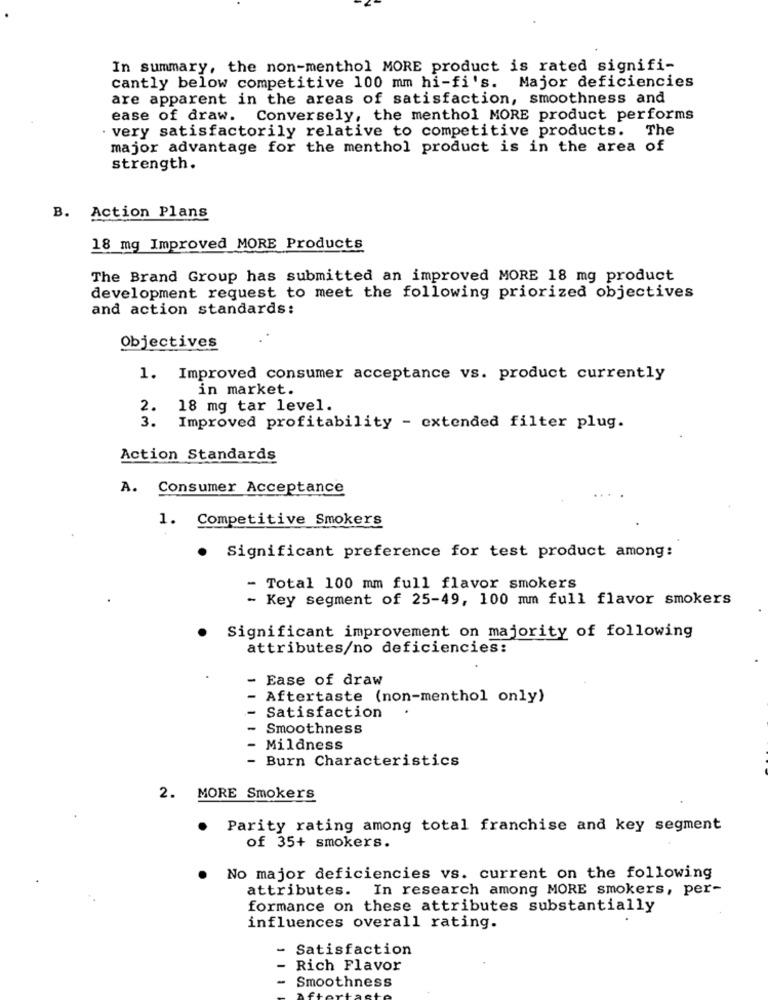
In summary, the non-menthol MORE product is rated signifi-
cantly below competitive 100 mm hi-fi's. Major deficiencies
are apparent in the areas of satisfaction, smoothness and
ease of draw. Conversely, the menthol MORE product performs
· very satisfactorily relative to competitive products.
The
major advantage for the menthol product is in the area of
strength.
B. Action Plans
18 mg Improved MORE Products
The Brand Group has submitted an improved MORE 18 mg product
development request to meet the following priorized objectives
and action standards:
Objectives
1. Improved consumer acceptance vs. product currently
in market.
2. 18 mg tar level.
3.
Improved profitability - extended filter plug.
Action Standards
A. Consumer Acceptance
1. Competitive Smokers
Significant preference for test product among:
- Total 100 mm full flavor smokers
- Key segment of 25-49, 100 mm full flavor smokers
Significant improvement on majority of following
attributes/no deficiencies:
-
Ease of draw
Aftertaste (non-menthol only)
Satisfaction
Smoothness
Mildness
- Burn Characteristics
2. MORE Smokers
Parity rating among total franchise and key segment
of 35+ smokers.
No major deficiencies vs. current on the following
attributes. In research among MORE smokers, per-
formance on these attributes substantially
influences overall rating.
-
Satisfaction
Rich Flavor
Smoothness